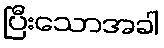
ပြီးသောအခါ